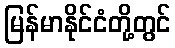
မြန်မာနိုင်ငံတို့တွင်